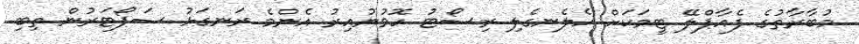
މުބާރާތުގެ ފެއާޕްލޭ ޓީމަކަށް ހެލެނގެލި ރިސޯޓު ހޮވުނުއިރު އެންމެ ރަނގަޅު ސަޕޯޓަރުން ތިބި